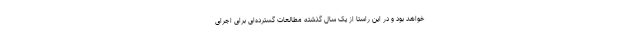
خواهد بود و در این راستا از یک سال گذشته مطالعات گسترده‌ای برای اجرای